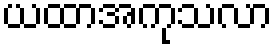
ယထာအကုသလာ